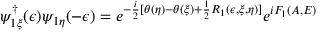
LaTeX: \psi _ { 1 \xi } ^ { \dagger } ( \epsilon ) \psi _ { 1 \eta } ( - \epsilon ) = e ^ { - \frac { i } { 2 } [ \theta ( \eta ) - \theta ( \xi ) + \frac { 1 } { 2 } R _ { 1 } ( \epsilon , \xi , \eta ) ] } e ^ { i F _ { 1 } ( A , E ) }